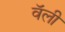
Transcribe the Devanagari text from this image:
वॅली